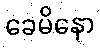
ခေမိနော